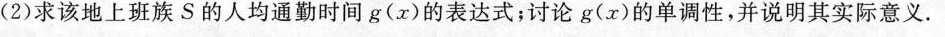
(2)求该地上班族S的人均通勤时间g(x)的表达式；讨论g(x)的单调性，并说明其实际意义.